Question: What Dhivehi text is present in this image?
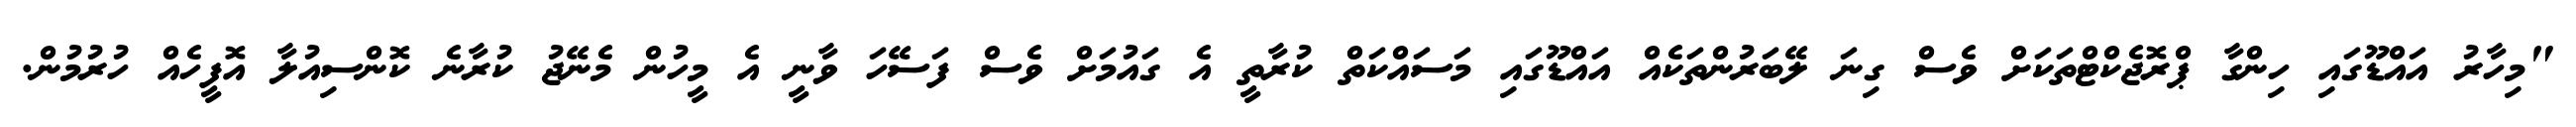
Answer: "މިހާރު އައްޑޫގައި ހިންގާ ޕްރޮޖެކްޓްތަކަށް ވެސް ގިނަ ލޭބަރުންތަކެއް އައްޑޫގައި މަސައްކަތް ކުރާތީ އެ ގައުމަށް ވެސް ފަސޭހަ ވާނީ އެ މީހުން މެނޭޖު ކުރާނެ ކޮންސިއުލާ އޮފީހެއް ހުރުމުން.